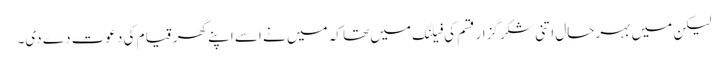
لیکن میں بہرحال اتنی شکر گزار قسم کی فیلنگ میں تھا کہ میں نے اسے اپنے گھر قیام کی دعوت دے دی۔